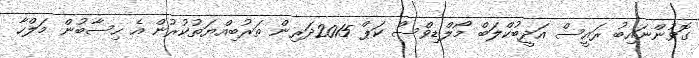
ގޮވުންނައިބު ރައީސް އަދީބުކްލަބް މޯލްޑިވްސް ކަޕް 2015ދަރިން ތަރުބިއްޔަތުކުރުން އެ ހިސާބުން މަލްހާ